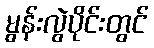
မွန်းလွဲပိုင်းတွင်